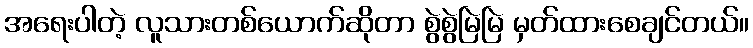
အရေးပါတဲ့ လူသားတစ်ယောက်ဆိုတာ စွဲစွဲမြဲမြဲ မှတ်ထားစေချင်တယ်။